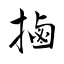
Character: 𢲸